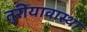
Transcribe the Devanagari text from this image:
तुरीयावास्था